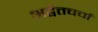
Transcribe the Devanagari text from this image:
अद्वैतचर्चा